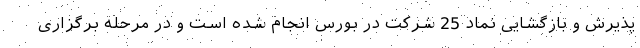
پذیرش و بازگشایی نماد 25 شرکت در بورس انجام شده است و در مرحله برگزاری